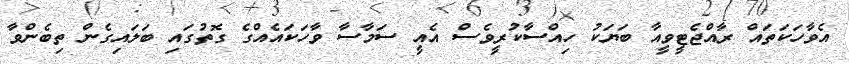
އެވާހަކަތައް ރާއްޖެޓީވީއާ ބަޔަކު ހިއްސާކުރީވެސް އެއީ ސަމާސާ ވާހަކައެއްގެ ގޮތުގައި ބަލައިގެން ތިބެންވާ